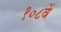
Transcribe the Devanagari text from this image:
१०८वें